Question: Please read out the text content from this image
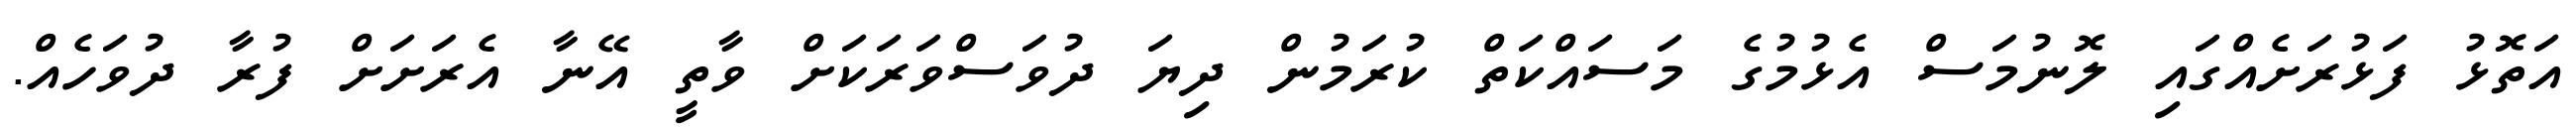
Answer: އަތޮޅު ފަޅުރަށެއްގައި ލޮނުމަސް އެޅުމުގެ މަސައްކަތް ކުރަމުން ދިޔަ ދުވަސްވަރަކަށް ވާތީ އޭނާ އެރަށަށް ފުރާ ދުވަހެއް.